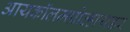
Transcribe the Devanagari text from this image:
आयकॉलमप्रोव्हायडर